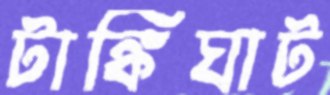
টাঙ্কিঘাট